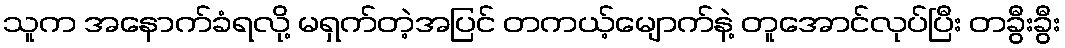
သူက အနောက်ခံရလို့ မရှက်တဲ့အပြင် တကယ့်မျောက်နဲ့ တူအောင်လုပ်ပြီး တခွီးခွီး